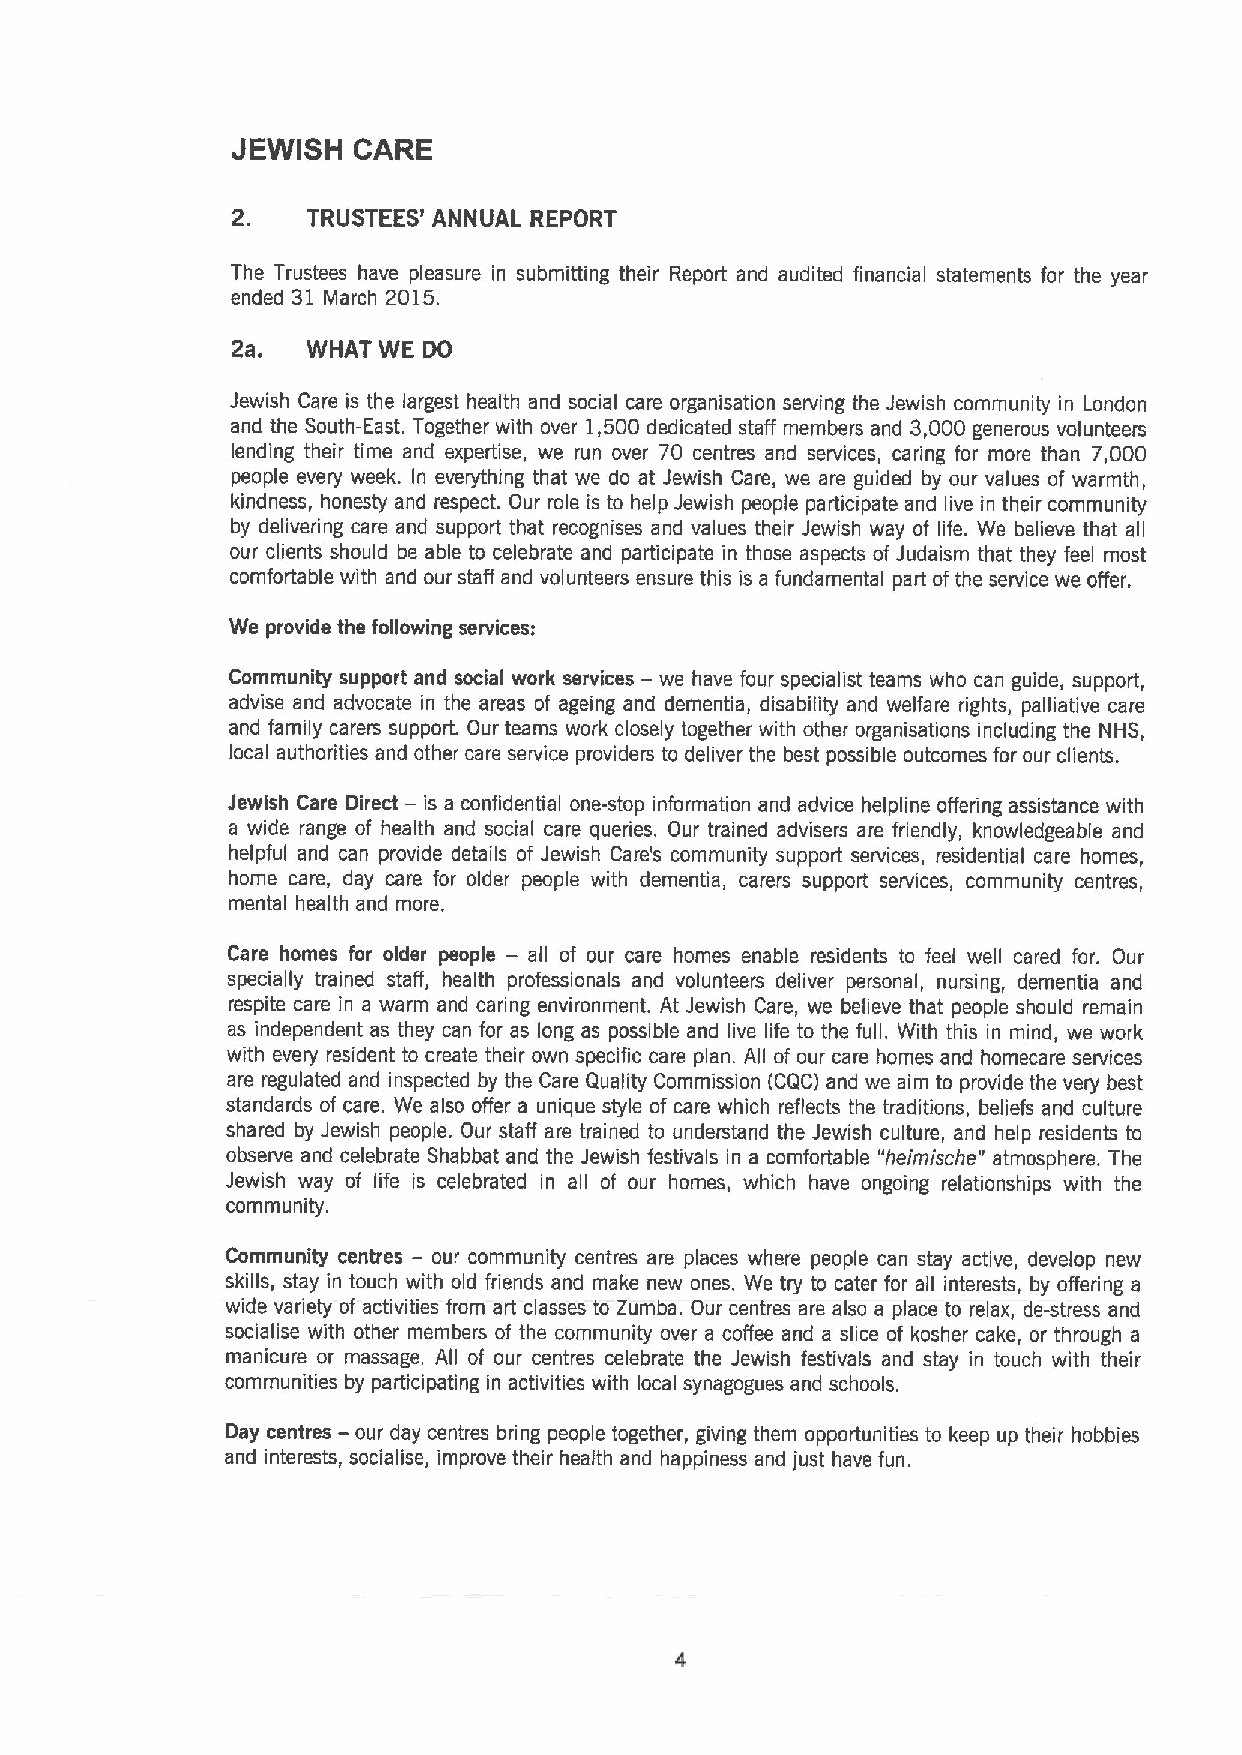
JEWISH  CARE
 2.   TRUSTEES' ANNUAL REPORT
 The Trustees have pleasure in submitting their Report and audited financial statements for the year
 ended 31 March 2015.
 2a.  WHAT WE DO
 Jewish Care is the largest health and social care organisation serving the Jewish community in London
 and the South-East. Together with over 1,500 dedicated staff members and 3,000 generous volunteers
 lending their time and expertise, we run over 70 centres and services, caring for more than 7,000
 people every week. In everything that we do at Jewish Care, we are guided by our values of warmth,
 kindness, honesty and respect. Our role is to help Jewish people participate and live in their community
 by delivering care and support that recognises and values their Jewish way of life. We believe that all
 our clients should be able to celebrate and participate in those aspects of Judaism that they feel most
 comfortable with and our staff and volunteers ensure this is a fundamental part ofthe service we offer.
 We provide the following services:
 Community support and social work services — we have four specialist teams who can guide, support,
 advise and advocate in the areas of ageing and dementia, disability and welfare rights, palliative care
 and family carers support. Our teams work closely together with other organisations including the NHS,
 local authorities and other care service providers to deliver the best possible outcomes for our clients.
 —
 Jewish Care Direct is a confidential one-stop information and advice helpline offering assistance with
 a wide range of health and social care queries. Our trained advisers are friendly, knowledgeable and
 helpful and can provide details of Jewish Care's community support services, residential care homes,
 home care, day care for older people with dementia, carers support services, community centres,
 mental health and more.
 —
 Care homes for older people all of our care homes enable residents to feel well cared for. Our
 specially trained staff, health professionals and volunteers deliver personal, nursing, dementia and
 respite care in a warm and canng environment. At Jewish Care, we believe that people should remain
 as independent as they can for as long as possible and live life to the full. With this in mind, we work
 with every resident to create their own specific care plan. All of our care homes and homecare services
 are regulated and inspected by the Care Quality Commission (CQC) and we aim to provide the very best
 standards of care. We also offer a unique style of care which reflects the traditions, beliefs and culture
 shared by Jewish people. Our staff are trained to understand the Jewish culture, and help residents to
 observe and celebrate Shabbat and the Jewish festivals in a comfortable "heimische" atmosphere. The
 Jewish way of life is celebrated in all of our homes, which have ongoing relationships with the
 community.
 Community centres — our community centres are places where people can stay active, develop new
 skills, stay in touch with old friends and make new ones. We try to cater for all interests, by offering a
 wide variety of activities from art classes to Zumba. Our centres are also a place to relax, de-stress and
 socialise with other members of the community over a coffee and a slice of kosher cake, or through a
 manicure or massage. All of our centres celebrate the Jewish festivals and stay in touch with their
 communities by participating in activities with local synagogues and schools.
 Day centres — our day centres bring people together, giving them opportunities to keep up their hobbies
 and interests, socialise, improve their health and happiness and just have fun.